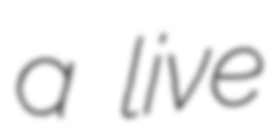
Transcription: a live